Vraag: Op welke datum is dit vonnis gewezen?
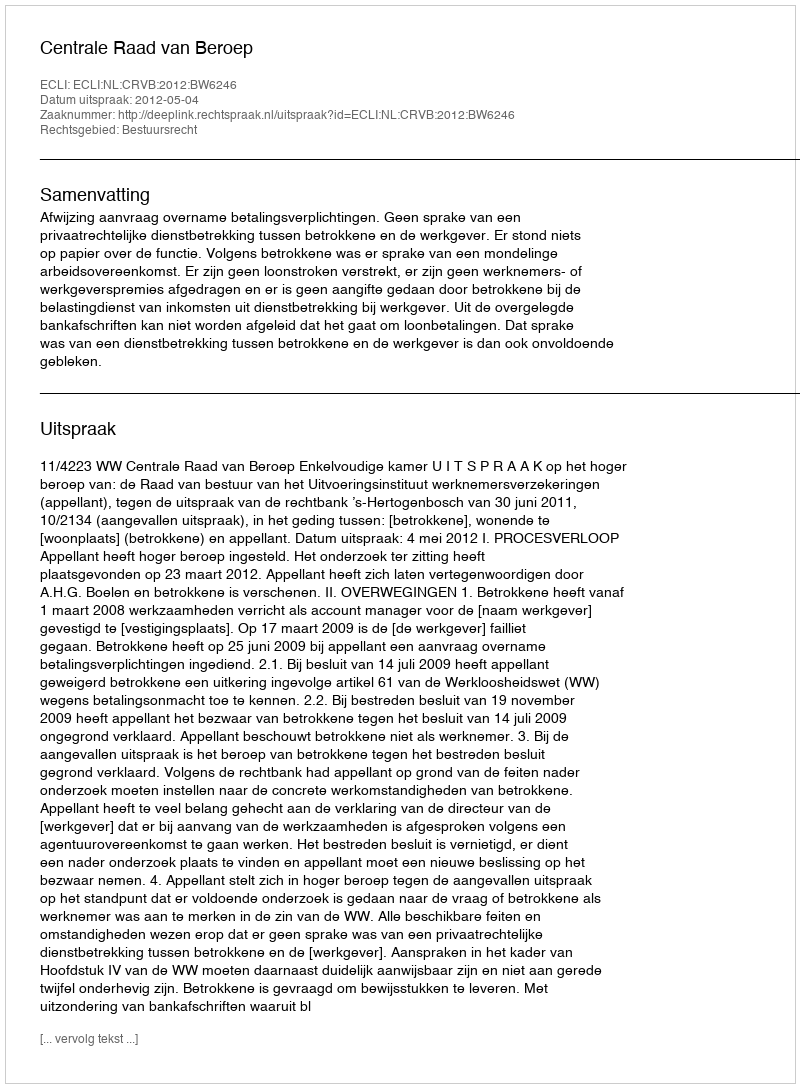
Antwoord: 2012-05-04